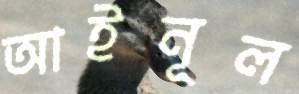
আইনূল